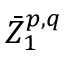
{ \bar { Z } } _ { 1 } ^ { p , q }